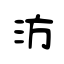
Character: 汸